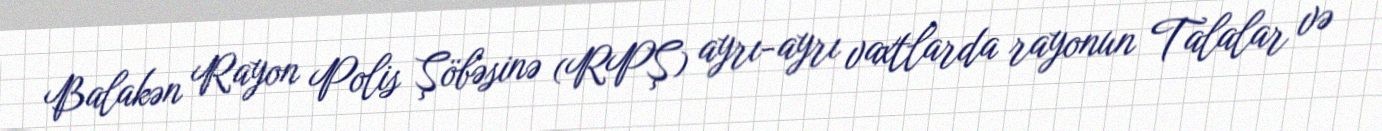
Balakən Rayon Polis Şöbəsinə (RPŞ) ayrı-ayrı vaxtlarda rayonun Talalar və